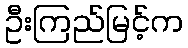
ဦးကြည်မြင့်က